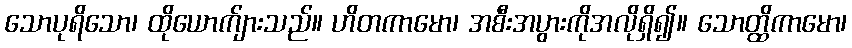
သောပုရိသော၊ ထိုယောက်ျားသည်။ ဟိတကာမော၊ အစီးအပွားကိုအလိုရှိ၍။ သောတ္ထိကာမော၊